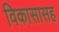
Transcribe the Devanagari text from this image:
विकासासह